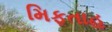
મિફતાહ